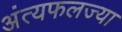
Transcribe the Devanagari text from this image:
अंत्यफलज्या